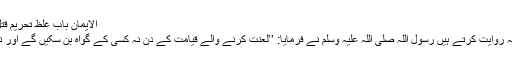
الایمان باب غلظ تحریم قتل الانسان نفسہ 110)
ابودرداء رضی اللہ عنہ روایت کرتے ہیں رسول اللہ صلی اللہ علیہ وسلم نے فرمایا: ’’لعنت کرنے والے قیامت کے دن نہ کسی کے گواہ بن سکیں گے اور نہ سفارشی ہوں گے‘‘۔